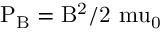
\mathrm { P _ { B } = B ^ { 2 } / 2 \ m u _ { 0 } }